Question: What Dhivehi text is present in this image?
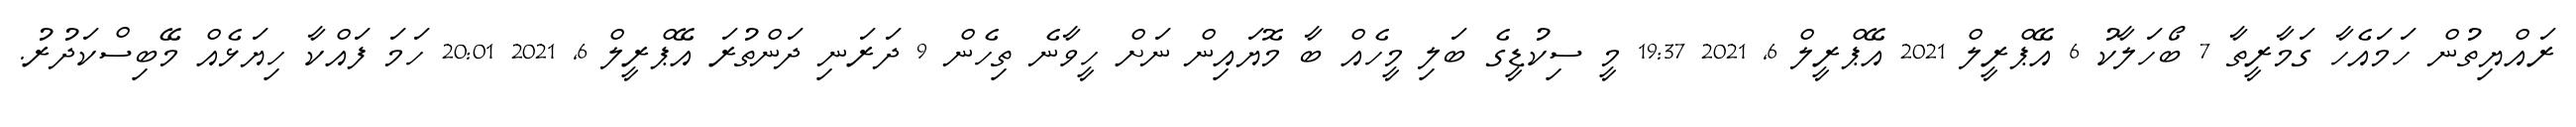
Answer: ރައްޔިތުން ހަމައެހާ ގަމާރީތާ 7 ބޯހަލާކު 6 އޭޕްރީލް 2021 އޭޕްރީލް 6, 2021 19:37 މީ ސިކުޑީގެ ބަލި މީހެއް ބާ މޮޔައިން ނަށް ހީވާނެ ތިހެން 9 ދަރަނި ދަންތުރަ އޭޕްރީލް 6, 2021 20:01 ހަމަ ފައްކާ ހިޔަޅެއް މޭބިސްކަދުރު.